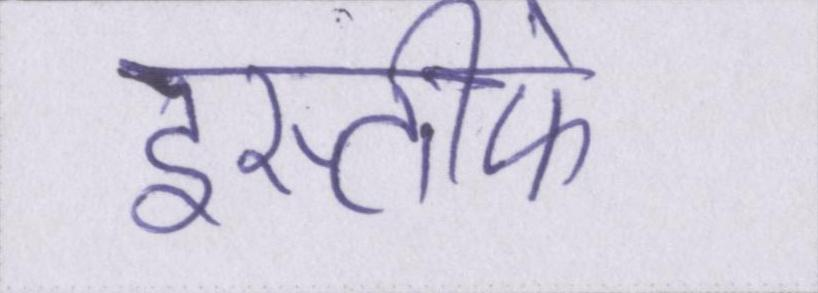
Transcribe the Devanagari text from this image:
इस्तीफे